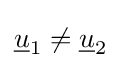
{\underline {u}}_{1}\neq {\underline {u}}_{2}